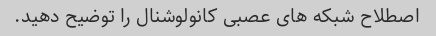
اصطلاح شبکه های عصبی کانولوشنال را توضیح دهید.